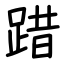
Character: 踖